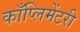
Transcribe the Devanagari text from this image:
काँप्लिमेंटरी